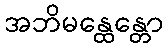
အဘိမန္ထေန္တော